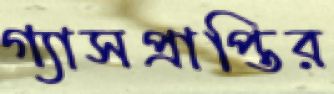
গ্যাসপ্রাপ্তির